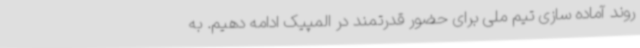
روند آماده سازی تیم ملی برای حضور قدرتمند در المپیک ادامه دهیم. به